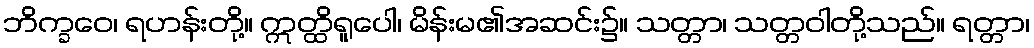
ဘိက္ခဝေ၊ ရဟန်းတို့။ ဣတ္ထိရူပေါ၊ မိန်းမ၏အဆင်း၌။ သတ္တာ၊ သတ္တဝါတို့သည်။ ရတ္တာ၊